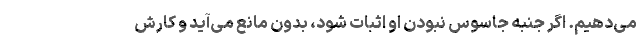
می‌دهیم. اگر جنبه جاسوس نبودن او اثبات شود، بدون مانع می‌آید و کارش